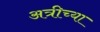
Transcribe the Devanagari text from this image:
अत्रीच्या